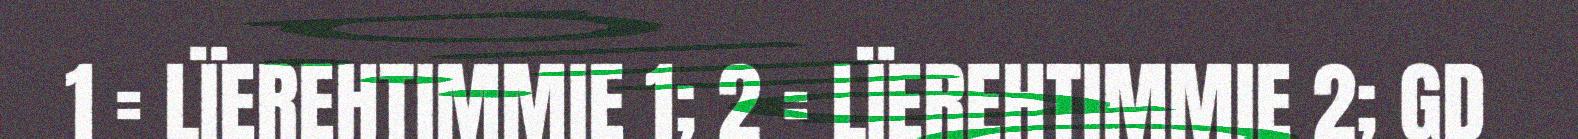
1 = LÏEREHTIMMIE 1; 2 = LÏEREHTIMMIE 2; GD